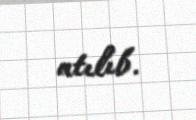
atılıb.